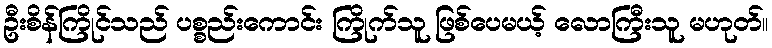
ဦးစိန်ကြိုင်သည် ပစ္စည်းကောင်း ကြိုက်သူ ဖြစ်ပေမယ့် လောကြီးသူ မဟုတ်။